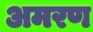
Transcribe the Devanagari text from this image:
अमरण